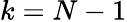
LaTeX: k=N-1